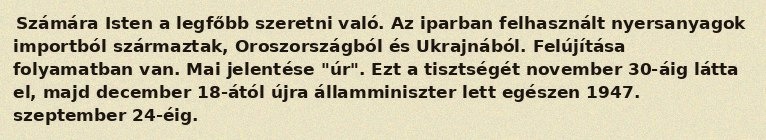
Számára Isten a legfőbb szeretni való. Az iparban felhasznált nyersanyagok importból származtak, Oroszországból és Ukrajnából. Felújítása folyamatban van. Mai jelentése "úr". Ezt a tisztségét november 30-áig látta el, majd december 18-ától újra államminiszter lett egészen 1947. szeptember 24-éig.